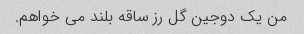
من یک دوجین گل رز ساقه بلند می خواهم.